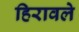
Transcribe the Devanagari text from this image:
हिरावले